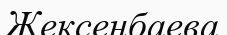
Жексенбаева